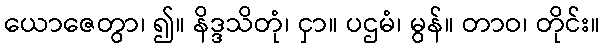
ယောဇေတွာ၊ ၍။ နိဒ္ဒသိတုံ၊ ငှာ။ ပဌမံ၊ မွန်။ တာဝ၊ တိုင်း။